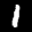
Digit: 1